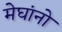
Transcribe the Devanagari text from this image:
मेघांनो